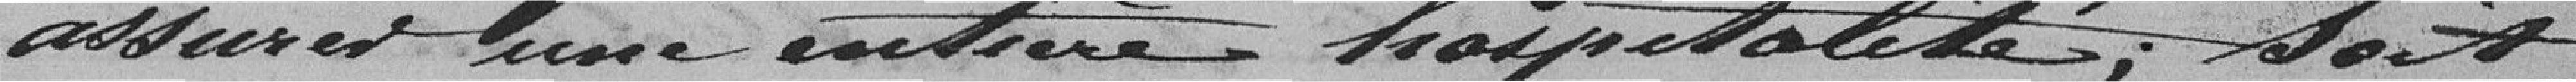
assurer une entière hospitalité ; soit